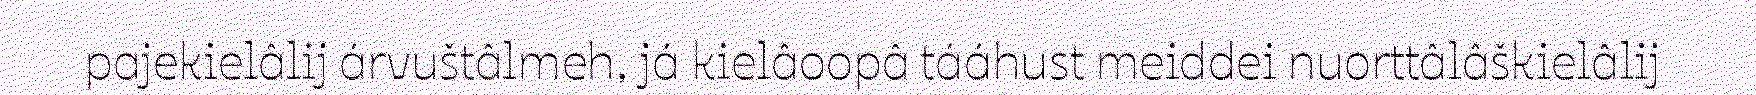
pajekielâlij árvuštâlmeh, já kielâoopâ tááhust meiddei nuorttâlâškielâlij